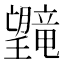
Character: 𪱯